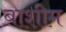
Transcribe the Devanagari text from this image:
बाशीम